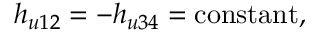
h _ { u 1 2 } = - h _ { u 3 4 } = \mathrm { c o n s t a n t } ,